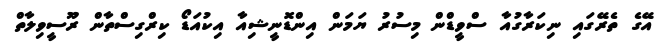
އޭގެ ތެރޭގައި ނިކަރާގުއާ ސްވީޑްން މިސުރު ޔަމަން އިންޑޮނީޝިއާ އިކުއަޑޯ ކިރްގިސްތާން ރޫސީވިލާތް